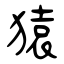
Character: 猿